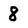
Character: 8